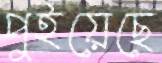
পুইয়েছে